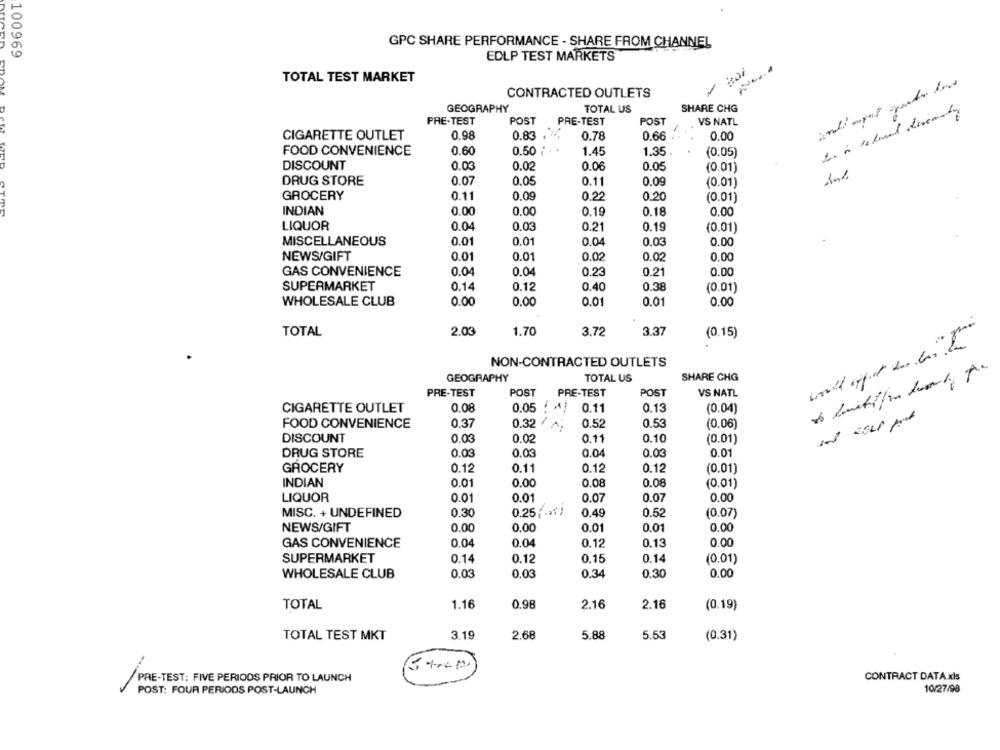
GPC SHARE PERFORMANCE - SHARE FROM CHANNEL
100969
EDLP TEST MARKETS
TOTAL TEST MARKET
CONTRACTED OUTLETS
GEOGRAPHY
TOTAL US
SHARE CHG
PRE-TEST
POST
PRE-TEST
POST
VS NATL
CIGARETTE OUTLET
0.98
0.83
0.78
0.66
0.00
FOOD CONVENIENCE
0.60
0.50
1.35
1.45
(0.05)
DISCOUNT
0.03
0.02
0.06
0.05
(0.01)
DRUG STORE
0.07
0.05
0.09
0.11
(0.01)
GROCERY
0.11
0.09
0.22
0.20
(0.01)
INDIAN
0.00
0.00
0.19
0.18
0.00
LIQUOR
0.04
0.03
0.19
0.21
(0.01)
0.01
0.03
MISCELLANEOUS
0.01
0.04
0.00
NEWS/GIFT
0.01
0.01
0.02
0.02
0.00
0.04
GAS CONVENIENCE
0.04
0.23
0.21
0.00
0.14
0.12
0.40
0.38
SUPERMARKET
(0.01)
WHOLESALE CLUB
0.00
0.00
0.01
0.01
0.00
TOTAL
2.03
1.70
3.72
3.37
(0.15)
NON-CONTRACTED OUTLETS
GEOGRAPHY
TOTAL US
SHARE CHG
PRE-TEST
POST
PRE-TEST
POST
VS NATL
CIGARETTE OUTLET
0.08
0.05 ! *!
0.11
0.13
(0.04)
FOOD CONVENIENCE
0.37
0.32
0.52
0.53
(0.06)
DISCOUNT
0.03
0.02
0.11
0.10
(0.01)
DRUG STORE
0.03
0.03
0.04
0.03
0.01
GROCERY
0.12
0.11
0.12
0.12
(0.01)
INDIAN
0.01
0.00
0.08
0.08
(0.01)
LIQUOR
0.01
0.01
0.07
0.07
0.00
0.25( .** )
MISC. + UNDEFINED
0.30
0.49
0.52
(0.07)
NEWS/GIFT
0.00
0.00
0.01
0.01
0.00
GAS CONVENIENCE
0.04
0.04
0.12
0.13
0.00
SUPERMARKET
0.14
0.12
0.15
0.14
(0.01)
WHOLESALE CLUB
0.03
0.03
0.34
0.30
0.00
TOTAL
1.16
0.98
2.16
2.16
(0.19)
TOTAL TEST MKT
3.19
2.68
5.88
5.53
(0.31)
CONTRACT DATA xls
PRE-TEST: FIVE PERIODS PRIOR TO LAUNCH
POST: FOUR PERIODS POST-LAUNCH
10/27/98